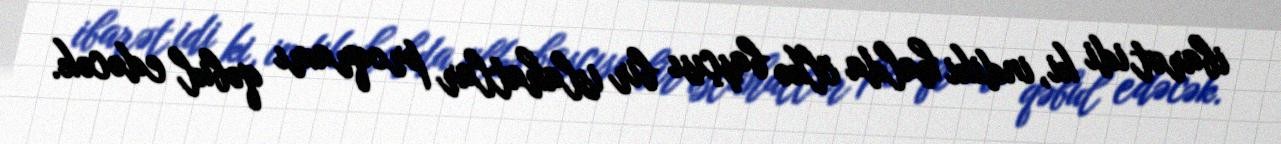
ibarət idi ki, indiki halda ölkə başçısı bir islahatlar proqramı qəbul edəcək.